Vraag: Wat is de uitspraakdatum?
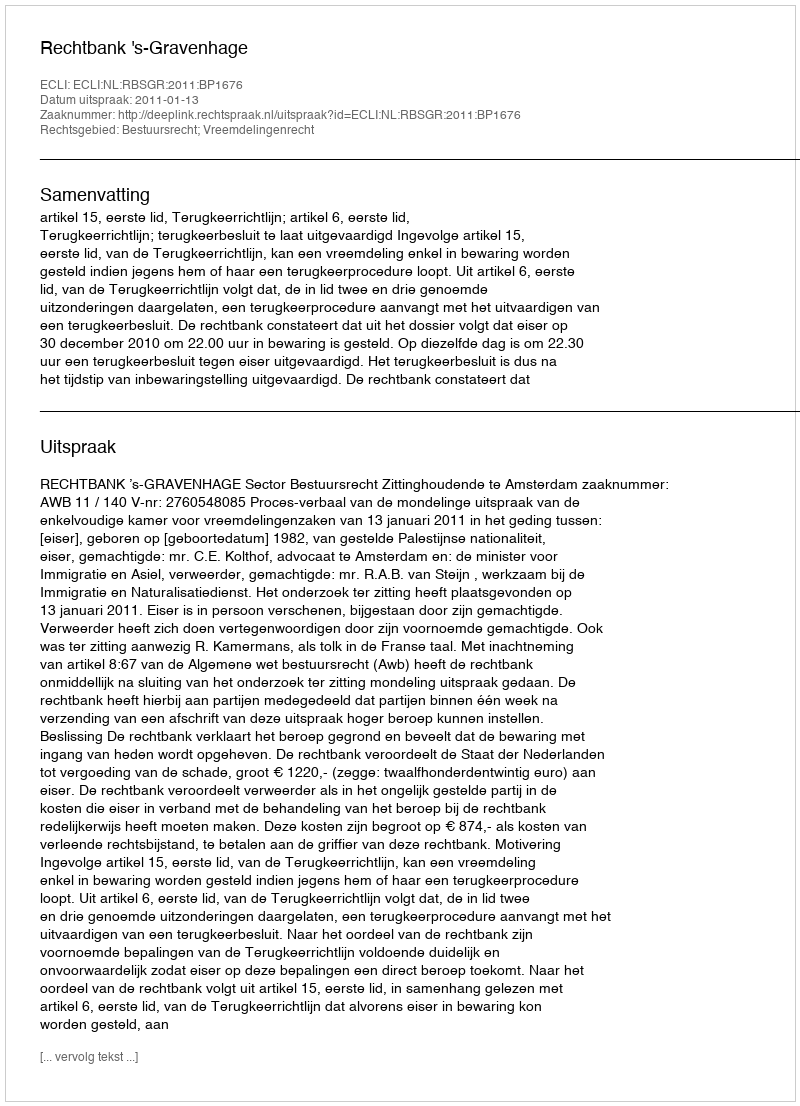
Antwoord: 2011-01-13